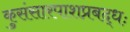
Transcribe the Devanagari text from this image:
कुसंसारपाशप्रबद्धः